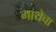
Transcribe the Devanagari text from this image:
गाथेचा